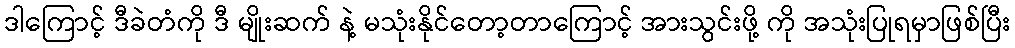
ဒါကြောင့် ဒီခဲတံကို ဒီ မျိုးဆက် နဲ့ မသုံးနိုင်တော့တာကြောင့် အားသွင်းဖို့ ကို အသုံးပြုရမှာဖြစ်ပြီး